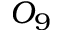
O _ { 9 }